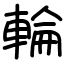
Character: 輪